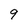
Character: 9